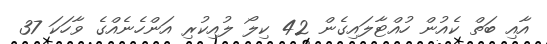
އާއި ބަތް ކެއުން ހުއްޓާލައިގެން 42 ކިލޯ ލުއިކުރި އަންހެނެއްގެ ވާހަކަ 37